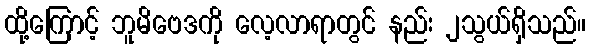
ထို့ကြောင့် ဘူမိဗေဒကို လေ့လာရာတွင် နည်း ၂သွယ်ရှိသည်။